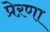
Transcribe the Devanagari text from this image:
प्रेऱणा